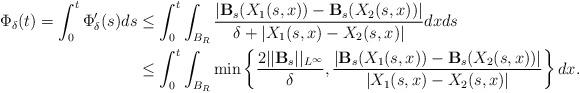
LaTeX: \begin{align*} \Phi_\delta(t)=\int_{0}^{t}\Phi_\delta'(s)ds&\leq \int_{0}^{t}\int_{B_R}\frac{|\mathbf{B}_s(X_1(s,x))-\mathbf{B}_s(X_2(s,x))|}{\delta+|X_1(s,x)-X_2(s,x)|}dx ds\\& \leq \int_{0}^{t}\int_{B_R}\min\left\{\frac{2||\mathbf{B}_s||_{L^\infty}}{\delta},\frac{|\mathbf{B}_s(X_1(s,x))-\mathbf{B}_s(X_2(s,x))|}{|X_1(s,x)-X_2(s,x)|}\right\} dx. \end{align*}